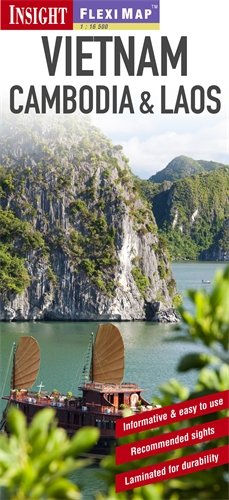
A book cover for Insight Flexi Map: Vietnam, Cambodia & Laos (Insight Flexi Maps); Travel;